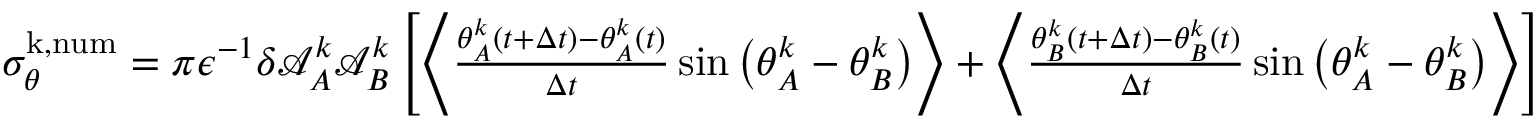
\begin{array} { r } { \sigma _ { \theta } ^ { \mathrm { k , n u m } } = { \pi } \epsilon ^ { - 1 } \delta \mathcal { A } _ { A } ^ { k } \mathcal { A } _ { B } ^ { k } \left[ \left\langle \frac { \theta _ { A } ^ { k } ( t + \Delta t ) - \theta _ { A } ^ { k } ( t ) } { \Delta t } \sin \big ( \theta _ { A } ^ { k } - \theta _ { B } ^ { k } \big ) \right\rangle + \left\langle \frac { \theta _ { B } ^ { k } ( t + \Delta t ) - \theta _ { B } ^ { k } ( t ) } { \Delta t } \sin \big ( \theta _ { A } ^ { k } - \theta _ { B } ^ { k } \big ) \right\rangle \right] } \end{array}